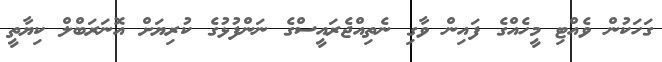
ގަހަކުން ވެއްޓި މީހެއްގެ ފައިން ވާގި ނެތިއްޖެރައީސްގެ ނަންފުޅުގެ ކުރިޔަށް އޮނަރަބްލް ކިޔާތީ